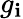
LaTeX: g_{\mathbf{i}}